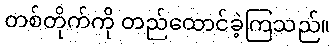
တစ်တိုက်ကို တည်ထောင်ခဲ့ကြသည်။